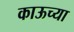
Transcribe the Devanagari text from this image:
काऊच्या